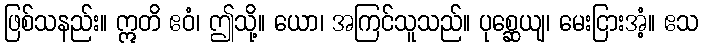
ဖြစ်သနည်း။ ဣတိ ဧဝံ၊ ဤသို့။ ယော၊ အကြင်သူသည်။ ပုစ္ဆေယျ၊ မေးငြားအံ့။ ဧသ